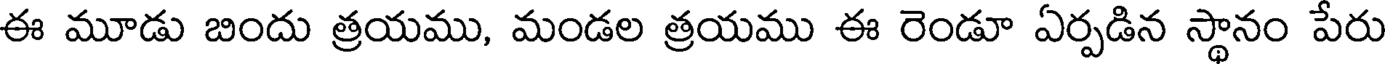
ఈ మూడు బిందు త్రయము, మండల త్రయము ఈ రెండూ ఏర్పడిన స్థానం పేరు